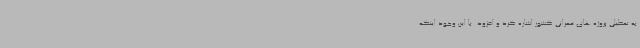
به تعطیلی پروژه های عمرانی کشور اشاره کرد و افزود: با این وجود اینکه